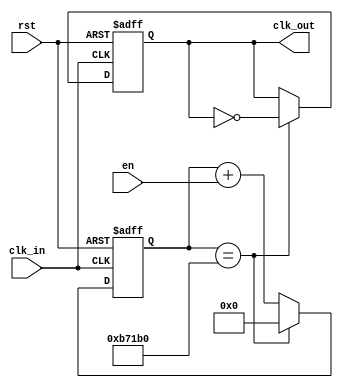
`timescale 1ns / 1ps

module clk_div_5mhzto100hz(
    input clk_in,
    input rst,
    input en, 
    output reg clk_out
    );
    reg [23:0] counter;
        
        always @ (posedge rst, posedge clk_in)
        begin
        
            if(rst)
            begin
                clk_out <= 0;
                counter <= 0;
            end
            else
            begin
                counter <= counter + en;
                if(counter == 750000)//5mhz to 500 hz (5 MHz / 2* desired frequency)
                begin
                    counter <= 0;
                    clk_out = ~clk_out;
                end
            end
        end
endmodule